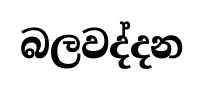
බලවද්දන